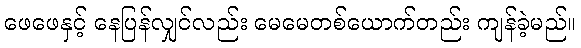
ဖေဖေနှင့် နေပြန်လျှင်လည်း မေမေတစ်ယောက်တည်း ကျန်ခဲ့မည်။